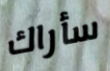
سأراك